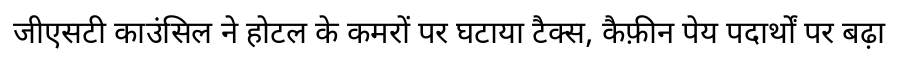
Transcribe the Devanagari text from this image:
जीएसटी काउंसिल ने होटल के कमरों पर घटाया टैक्स, कैफ़ीन पेय पदार्थों पर बढ़ा